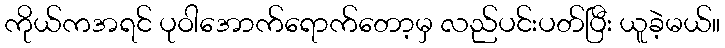
ကိုယ်ကအရင် ပုဝါအောက်ရောက်တော့မှ လည်ပင်းပတ်ပြီး ယူခဲ့မယ်။